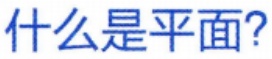
什么是平面?